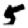
Digit: 5